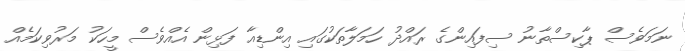
ނަމަވެސް ޕާކިސްތާނު ސިފައިންގެ ރައްދު ހަމަލާތަކުގައި އިންޑިއާ ފަޅިން އެއްވެސް މީހަކު މަރުވިކަމެއް